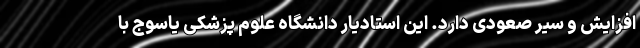
افزایش و سیر صعودی دارد. این استادیار دانشگاه علوم پزشکی یاسوج با